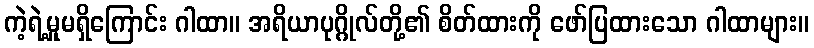
ကဲ့ရဲ့မှုမရှိကြောင်း ဂါထာ။ အရိယာပုဂ္ဂိုလ်တို့၏ စိတ်ထားကို ဖော်ပြထားသော ဂါထာများ။